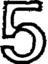
5